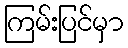
ကြမ်းပြင်မှာ